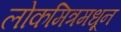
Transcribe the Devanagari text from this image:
लोकमित्रमधून